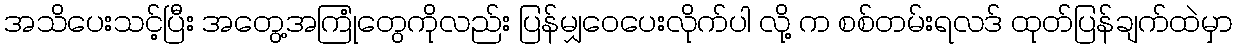
အသိပေးသင့်ပြီး အတွေ့အကြုံတွေကိုလည်း ပြန်မျှဝေပေးလိုက်ပါ လို့ က စစ်တမ်းရလဒ် ထုတ်ပြန်ချက်ထဲမှာ